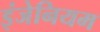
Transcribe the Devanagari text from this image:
इंजेनियम